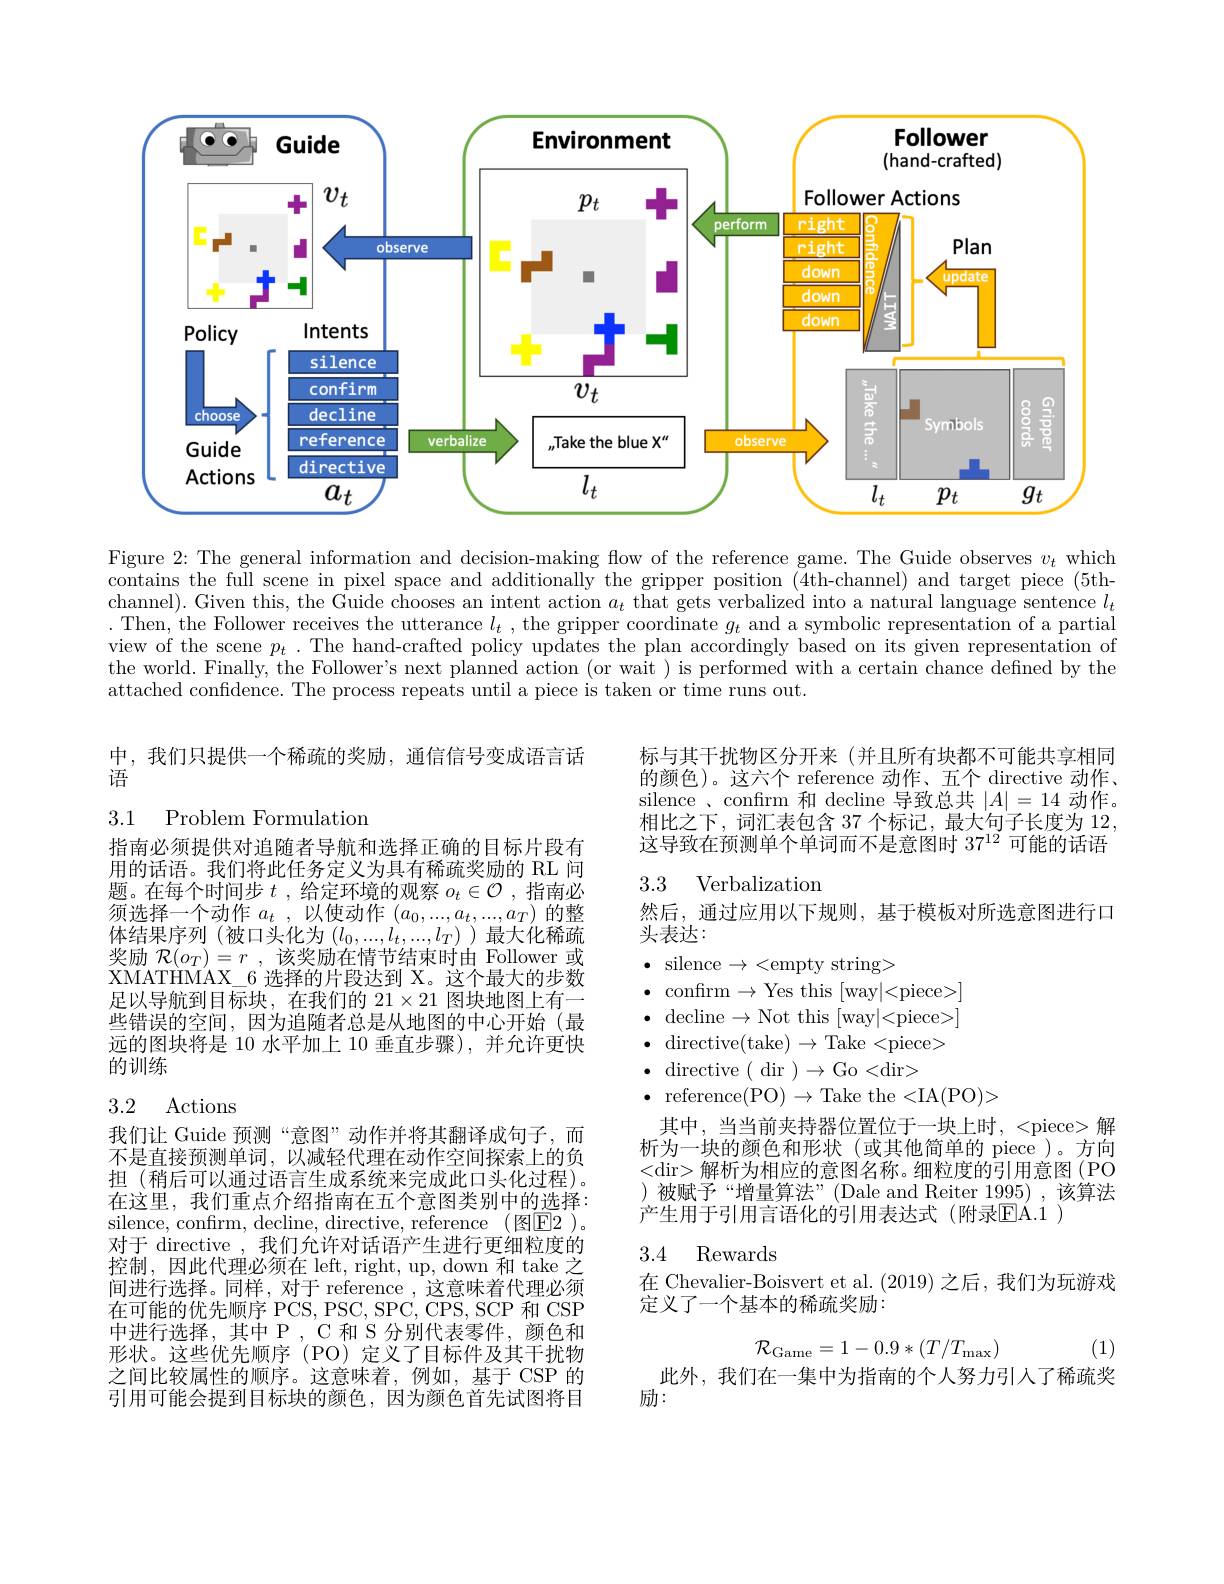
<FigureHere>

Figure 2: The general information and decision-making flow of the reference game. The Guide observes $v_t$ which contains the full scene in pixel space and additionally the gripper position (4th-channel) and target piece (5th-1) channel). Given this, the Guide chooses an intent action $a_t$ that gets verbalized into a natural language sentence $l_t$ .Then, the Follower receives the utterance $l_t$, the gripper coordinate $g_t$ and a symbolic representation of a partial view of the scene $p_t.$ The hand-crafted policy updates the plan accordingly based on its given representation of the world. Finally, the Follower's next planned action (or wait ) is performed with a certain chance defined by the attached confidence. The process repeats until a piece is taken or time runs out.

中，我们只提供一个稀疏的奖励，通信信号变成语言话
语

标与其干扰物区分开来(并且所有块都不可能共享相同的颜色)。这六个 reference 动作、五个 directive 动作， silence 、confrm 和 decline 导致总共$|A|=14$动作。相比之下，词汇表包含 37 个标记，最大句子长度为 12, 这导致在预测单个单词而不是意图时$37^{12}$可能的话语

3.1 Problem Formulation

## 3.3 Verbalizatiom

然后，通过应用以下规则，基于模板对所选意图进行口
头表达：

指南必须提供对追随者导航和选择正确的目标片段有用的话语。我们将此任务定义为具有稀疏奖励的 RL 问题。在每个时间步$t$ ,给定环境的观察$o_t\in\mathcal{O}$ ,指南必须选择一个动作$a_t$ ,以使动作$(a_0,...,a_t,...,a_T)$的整$体结果序列(被口头化为(l_{0},...,l_{t},...,l_{T}))最大化稀疏$ 奖励$\mathcal{R} ( o_T) = r$ ,该奖励在情节结束时由 Follower 或XMATHMAX\_6 选择的片段达到 X。这个最大的步数足以导航到目标块，在我们的 21$\times21$图块地图上有一些错误的空间，因为追随者总是从地图的中心开始(最远的图块将是 10 水平加上 10 垂直步骤),并允许更快的训练

$\bullet$ silence$\to<$empty string>
$\bullet$ confırm$\to$Yes this [way|<piece>] $\bullet$ decline$\to$Not this [way|<piece>] $\bullet$ directive(take)$\to$Take<piece> $\bullet$ directive ( dir $)\to$Go<dir>
$\bullet$ reference(PO$)\to$Take the<IA(PO)>
其中，当当前夹持器位置位于一块上时，<piece>解析为一块的颜色和形状(或其他简单的 piece)。方向<dir> 解析为相应的意图名称。细粒度的引用意图(PO )被赋予“增量算法”(Dale and Reiter 1995),该算法产生用于引用言语化的引用表达式(附录$\mathbb{E}$A.1 )

### 3.2 Actions

### 3.4 Rewards

我们让 Guide 预测“意图”动作并将其翻译成句子，而不是直接预测单词，以减轻代理在动作空间探索上的负担(稍后可以通过语言生成系统来完成此口头化过程)。在这里，我们重点介绍指南在五个意图类别中的选择： silence, confrm, decline, directive, reference (图$\boxed{\mathrm{E}}2$ )。对于 directive , 我们允许对话语产生进行更细粒度的控制，因此代理必须在 left, right, up, down 和 take 之间进行选择。同样，对于 reference,这意味着代理必须在可能的优先顺序 PCS, PSC, SPC, CPS, SCP 和 CSP 中进行选择，其中 P , C 和 S 分别代表零件，颜色和形状。这些优先顺序(PO)定义了目标件及其干扰物之间比较属性的顺序。这意味着，例如，基于 CSP 的引用可能会提到目标块的颜色，因为颜色首先试图将目

在 Chevalier-Boisvert et al. (2019) 之后，我们为玩游戏
定义了一个基本的稀疏奖励：
$$\mathcal{R}_{\mathrm{Game}}=1-0.9*(T/T_{\max})$$
(1)

此外，我们在一集中为指南的个人努力引入了稀疏奖
励：